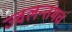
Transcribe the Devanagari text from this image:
ज्वलन्तंमचं